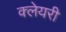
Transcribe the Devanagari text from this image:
क्लेयरी